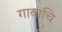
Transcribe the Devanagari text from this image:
गावाचि